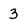
Character: 3